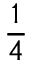
\frac { 1 } { 4 }